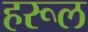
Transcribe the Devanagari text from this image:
हरूल